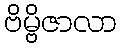
ဗိမ္ဗိဇာလာ